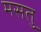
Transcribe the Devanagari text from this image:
मसतु